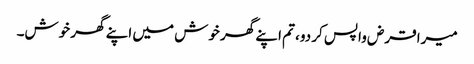
میرا قرض واپس کر دو، تم اپنے گھر خوش میں اپنے گھر خوش۔